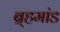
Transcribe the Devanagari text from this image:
ब्र्हमांड